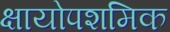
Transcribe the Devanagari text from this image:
क्षायोपशमिक